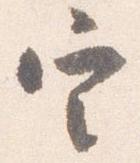
定